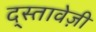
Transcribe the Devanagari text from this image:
द्स्तावेज़ी